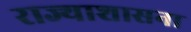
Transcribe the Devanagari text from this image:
राज्याशासना